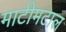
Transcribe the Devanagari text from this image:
माटीमटाल